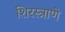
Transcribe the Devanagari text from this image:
शिरस्त्राणे